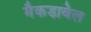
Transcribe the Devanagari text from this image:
मैकडाबेल